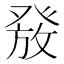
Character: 𰤑